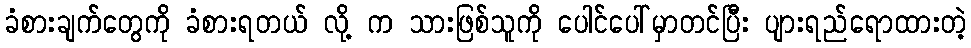
ခံစားချက်တွေကို ခံစားရတယ် လို့ က သားဖြစ်သူကို ပေါင်ပေါ်မှာတင်ပြီး ပျားရည်ရောထားတဲ့